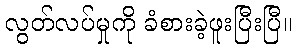
လွတ်လပ်မှုကို ခံစားခဲ့ဖူးပြီးပြီ။